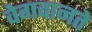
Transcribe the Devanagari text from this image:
वेगवानते